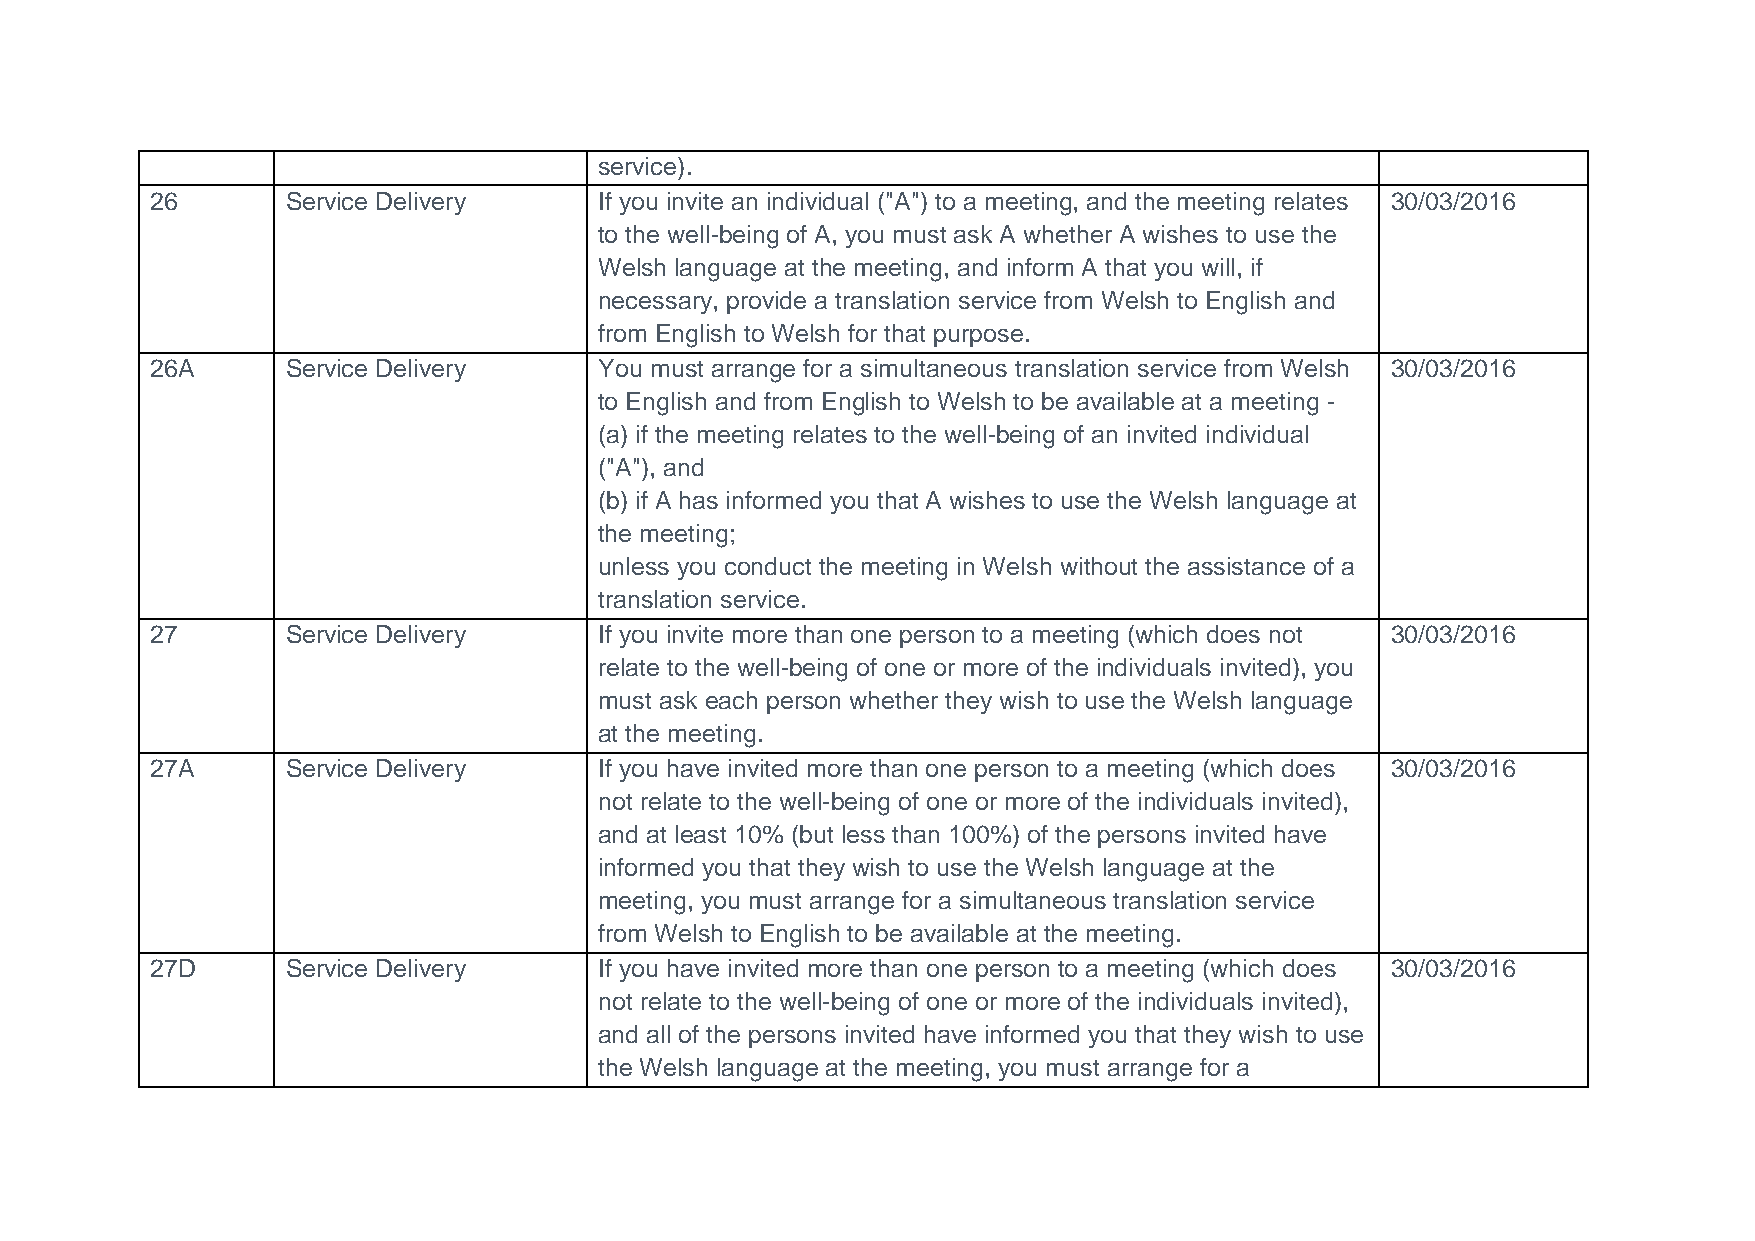
service).
 26       Service Delivery     If you invite an individual ("A") to a meeting, and the meeting relates 30/03/2016
 to the well-being of A, you must ask A whether A wishes to use the
 Welsh language at the meeting, and inform A that you will, if
 necessary, provide a translation service from Welsh to English and
 from English to Welsh for that purpose.
 26A      Service Delivery     You must arrange for a simultaneous translation service from Welsh 30/03/2016
 to English and from English to Welsh to be available at a meeting -
 (a) if the meeting relates to the well-being of an invited individual
 ("A"), and
 (b) if A has informed you that A wishes to use the Welsh language at
 the meeting;
 unless you conduct the meeting in Welsh without the assistance of a
 translation service.
 27       Service Delivery     If you invite more than one person to a meeting (which does not 30/03/2016
 relate to the well-being of one or more of the individuals invited), you
 must ask each person whether they wish to use the Welsh language
 at the meeting.
 27A      Service Delivery     If you have invited more than one person to a meeting (which does 30/03/2016
 not relate to the well-being of one or more of the individuals invited),
 and at least 10% (but less than 100%) of the persons invited have
 informed you that they wish to use the Welsh language at the
 meeting, you must arrange for a simultaneous translation service
 from Welsh to English to be available at the meeting.
 27D      Service Delivery     If you have invited more than one person to a meeting (which does 30/03/2016
 not relate to the well-being of one or more of the individuals invited),
 and all of the persons invited have informed you that they wish to use
 the Welsh language at the meeting, you must arrange for a